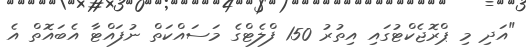
"އަދި މި ޕްރޮޖެކްޓުގައި އިތުރު 150 ފްލެޓްގެ މަސައްކަތް ނުފައްޓާ އެބައޮތް އެ